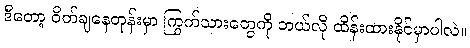
ဒီတော့ ဝိတ်ချနေတုန်းမှာ ကြွက်သားတွေကို ဘယ်လို ထိန်းထားနိုင်မှာပါလဲ။